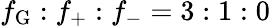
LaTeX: f_{\mathrm{G}}:f_{+}:f_{-}=3:1:0